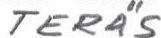
TERÄS